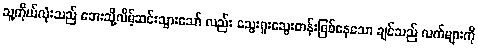
သူ့ကိုယ်လုံးသည် ဘေးသို့လိမ့်ဆင်းသွားသော် လည်း သွေးရူးသွေးတန်းဖြစ်နေသော ချင်သည် လက်များကို